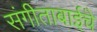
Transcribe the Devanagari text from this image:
संगीताबाईंचे